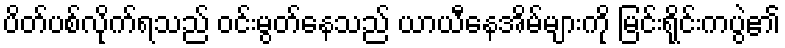
ပိတ်ပစ်လိုက်ရသည် ဝင်းမွတ်နေသည် ယာယီနေအိမ်များကို မြင်းရိုင်းကပွဲ၏